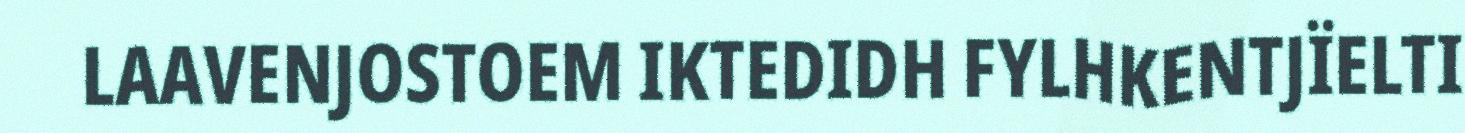
LAAVENJOSTOEM IKTEDIDH FYLHKENTJÏELTI